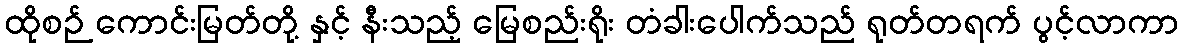
ထိုစဉ် ကောင်းမြတ်တို့ နှင့် နီးသည့် မြေစည်းရိုး တံခါးပေါက်သည် ရုတ်တရက် ပွင့်လာကာ